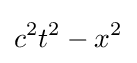
c^{2}t^{2}-x^{2}